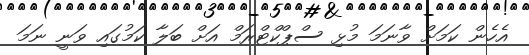
އެހެން ކަމަށް ވާނަމަ މުޅި ސްޕްކްޓްރަމް އަށް ބަލާ ކަމުގައި ވަނީ ނަމަ